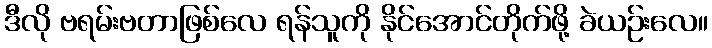
ဒီလို ဗရမ်းဗတာဖြစ်လေ ရန်သူကို နိုင်အောင်တိုက်ဖို့ ခဲယဉ်းလေ။